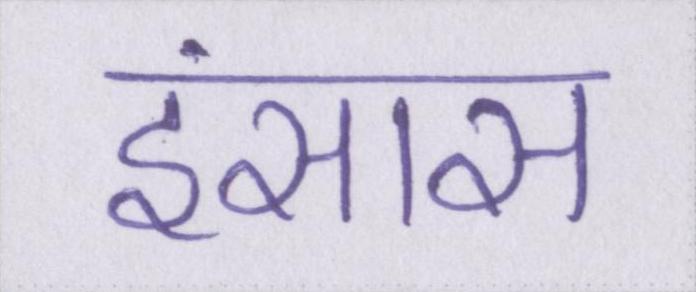
इंसास